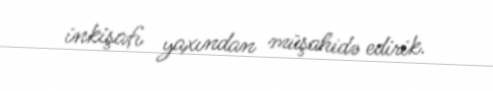
inkişafı yaxından müşahidə edirik.